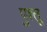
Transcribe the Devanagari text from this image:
पुश्तू